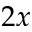
2 x